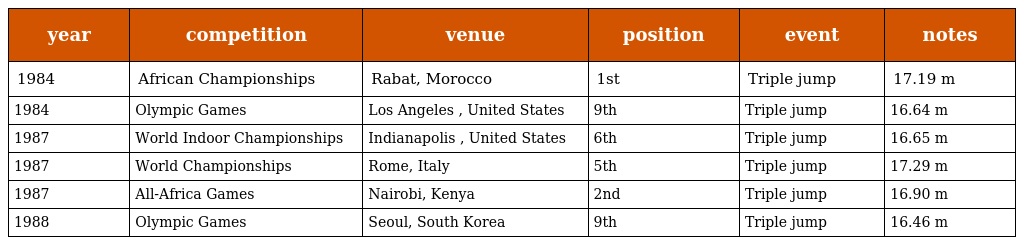
| year | competition | venue | position | event | notes |
 | --- | --- | --- | --- | --- | --- |
 | 1984 | African Championships | Rabat, Morocco | 1st | Triple jump | 17.19 m |
 | 1984 | Olympic Games | Los Angeles , United States | 9th | Triple jump | 16.64 m |
 | 1987 | World Indoor Championships | Indianapolis , United States | 6th | Triple jump | 16.65 m |
 | 1987 | World Championships | Rome, Italy | 5th | Triple jump | 17.29 m |
 | 1987 | All-Africa Games | Nairobi, Kenya | 2nd | Triple jump | 16.90 m |
 | 1988 | Olympic Games | Seoul, South Korea | 9th | Triple jump | 16.46 m |